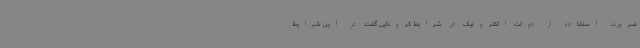
ضرورت استفاده از دولت الکترونیک در شرایط کرونایی گفت: در این شرایط